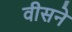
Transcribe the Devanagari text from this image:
वीसने